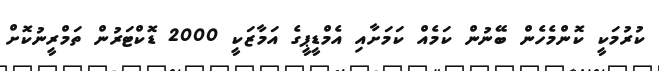
ކުރުމަކީ ކޮންމެހެން ބޭނުން ކަމެއް ކަމަށާއި އެމްޑީޕީގެ އަމާޒަކީ 2000 ޑޮކްޓަރުން ތަމްރީނުކޮށް